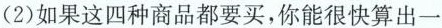
(2)如果这四种商品都要买，你能很快算出一